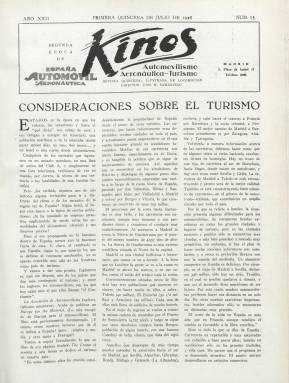
Título: Kinos (Madrid)
Colección: Automovilismo || Aviación || Revistas turísticas y de viajes
Ámbito geográfico: Madrid
Lugar de publicación: Madrid Barcelona
Fechas: 01/07/1928-01/12/1931

Este título -que significa ‘movimiento’ en griego clásico- es continuación de la revista España automóvil y aeronáutica, que había comenzado a publicarse en 1907, como una de las pioneras especializadas tanto en el automóvil como en la aeronáutica, cuyos avances técnicos e industriales corrían paralelamente. El nuevo título continuará la secuencia de su antecesora –con el número 13, año XXII de edición– como la paginación seguida anual, a partir de la primera quincena de julio de 1928, y en su cabecera indicará “segunda época” a dicha revista, así como “automovilismo, aeronáutica, turismo” y “revista quincenal ilustrada de locomoción” como subtítulo. También aparece indicado el nombre de su director, José María Samaniego Gonzalo (1880-), exdirector del Servicio de Automóviles de S.M. el Rey e ingeniero aerostero, que alcanzará el grado de teniente coronel de Ingenieros en 1931, cuando se retire del Ejército, además de ser autor principal de sus textos.

Sus entregas siguen teniendo paginación variable, entre la veintena y las cuarenta páginas, aunque, generalmente son de 24, compuestas a tres columnas. Cuenta con cubiertas estampadas en cuatricromía y es impresa en papel cuche. Elabora índices anuales de las materias contenidas en cada tomo anual. Inserta numerosos fotograbados de actualidad, así como dibujos o croquis, y anuncios publicitarios, preferentemente, sobre el sector industrial y comercial automovilístico. Sus contenidos se refieren tanto a cuestiones tecnológicas (motores, carrocerías, neumáticos, accesorios, etc.) como a la comercialización y uso de los vehículos, como es el caso de las excursiones, los viajes y el turismo, a los diferentes clubes y otras asociaciones de usuarios en torno al automóvil o a los albergues para éstos. Así mismo, dedica espacio a la aviación con una sección especial denominada Aeronáutica.

Tendrá también secciones especiales como El automóvil industrial o un Consultorio del automovilista. Dedica espacio a legislación o a cuestiones como los pasos a nivel, consumo de aceites y carburantes, exportación e importación, aranceles, patentes, estadísticas de matriculación, accidentes o a competiciones. certámenes y ferias, como es el caso del Salón del Automóvil que anualmente se celebra en el Grand Palais de París; o en el caso de la aeronáutica, a la construcción de aviones, a aeropuertos, compañías de vuelos, travesías o exposiciones y congresos internacionales.

La crisis económica de 1929, que afectó de gran manera a la industria y al comercio del automóvil, obligó también a la revista a reducir su aparición, y desde enero de 1931 su frecuencia será mensual (aunque cada entrega corresponda a dos números consecutivos). La colección de este título en la Biblioteca Nacional de España alcanza hasta la última entrega de ese año 1931, aunque debió, probablemente, continuar publicándose hasta estallar la guerra civil, en julio de 1936.